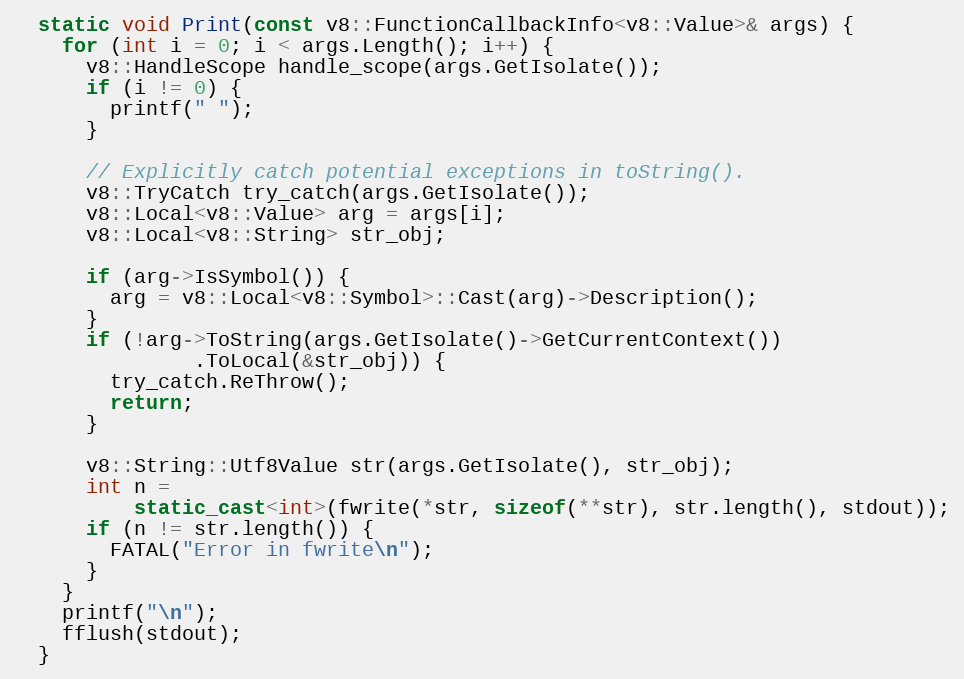
Language: C++
  static void Print(const v8::FunctionCallbackInfo<v8::Value>& args) {
    for (int i = 0; i < args.Length(); i++) {
      v8::HandleScope handle_scope(args.GetIsolate());
      if (i != 0) {
        printf(" ");
      }

      // Explicitly catch potential exceptions in toString().
      v8::TryCatch try_catch(args.GetIsolate());
      v8::Local<v8::Value> arg = args[i];
      v8::Local<v8::String> str_obj;

      if (arg->IsSymbol()) {
        arg = v8::Local<v8::Symbol>::Cast(arg)->Description();
      }
      if (!arg->ToString(args.GetIsolate()->GetCurrentContext())
               .ToLocal(&str_obj)) {
        try_catch.ReThrow();
        return;
      }

      v8::String::Utf8Value str(args.GetIsolate(), str_obj);
      int n =
          static_cast<int>(fwrite(*str, sizeof(**str), str.length(), stdout));
      if (n != str.length()) {
        FATAL("Error in fwrite\n");
      }
    }
    printf("\n");
    fflush(stdout);
  }